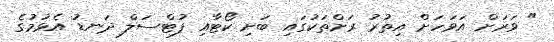
" ވަރަށް އަވަހަށް އިތުރު ރަށްތަކުގައި ބަށި ކޯޓާއި ފުޓްސަލް ދަނޑު އެޅުމުގެ